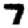
Digit: 7